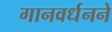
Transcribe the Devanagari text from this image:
गानवर्धनने